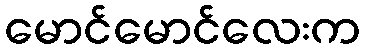
မောင်မောင်လေးက